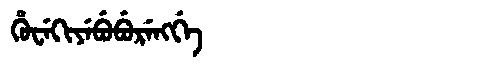
Manchu: ᡥᡠᠸᡝᡴᡳᠶᡝᠪᡠᠪᡠᡵᡝᠩᡤᡝ
Romanization: HUWEKIYEBUBURENGGE